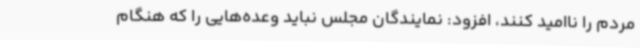
مردم را ناامید کنند، افزود: نمایندگان مجلس نباید وعده‌هایی را که هنگام